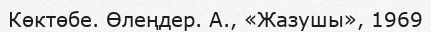
Көктөбе. Өлеңдер. А., «Жазушы», 1969